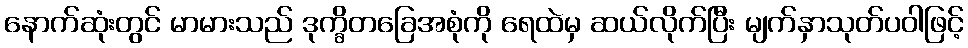
နောက်ဆုံးတွင် မာမားသည် ဒုက္ခိတခြေအစုံကို ရေထဲမှ ဆယ်လိုက်ပြီး မျက်နှာသုတ်ပဝါဖြင့်